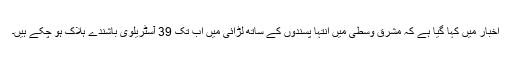
اخبار میں کہا گیا ہے کہ مشرق وسطیٰ میں انتہا پسندوں کے ساتھ لڑائی میں اب تک 39 آسٹریلوی باشندے ہلاک ہو چکے ہیں۔